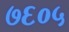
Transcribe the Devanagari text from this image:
७६०५